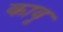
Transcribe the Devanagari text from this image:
कावू